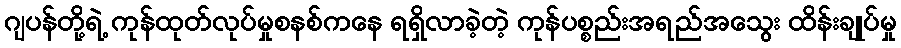
ဂျပန်တို့ရဲ့ ကုန်ထုတ်လုပ်မှုစနစ်ကနေ ရရှိလာခဲ့တဲ့ ကုန်ပစ္စည်းအရည်အသွေး ထိန်းချုပ်မှု